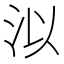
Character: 泤